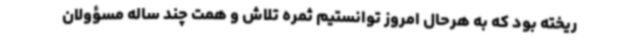
ریخته بود که به هرحال امروز توانستیم ثمره تلاش و همت چند ساله مسؤولان